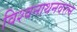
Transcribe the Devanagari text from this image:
विश्वनाथनवरत्न